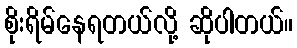
စိုးရိမ်နေရတယ်လို့ ဆိုပါတယ်။